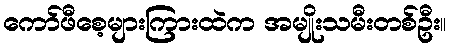
ကော်ဖီစေ့များကြားထဲက အမျိုးသမီးတစ်ဦး။